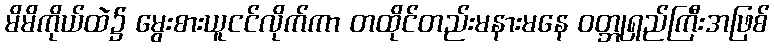
မိမိကိုယ်ထဲ၌ မွေးစားယူငင်လိုက်ကာ တထိုင်တည်းမနားမနေ ဝတ္ဘုရှည်ကြီးအဖြစ်